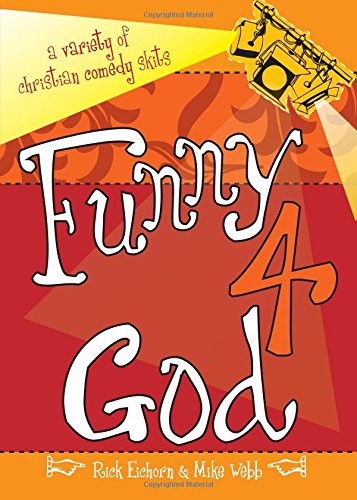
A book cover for Funny 4 God: A Variety of Christian Comedy Skits; Rick Eichorn; Literature & Fiction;